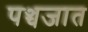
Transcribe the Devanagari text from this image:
पञ्चजात